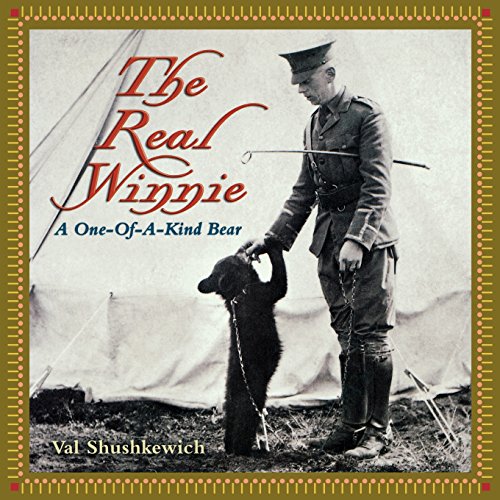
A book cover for The Real Winnie: A One-of-a-Kind Bear; Val Shushkewich; Biographies & Memoirs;